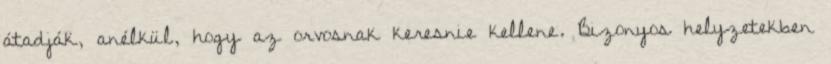
átadják, anélkül, hogy az orvosnak keresnie kellene. Bizonyos helyzetekben